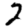
Digit: 2